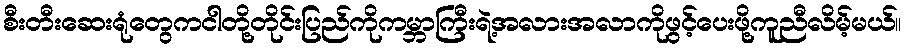
စီးတီးဆေးရုံတွေကငါတို့တိုင်းပြည်ကိုကမ္ဘာကြီးရဲ့အလားအလာကိုဖွင့်ပေးဖို့ကူညီလိမ့်မယ်။